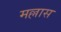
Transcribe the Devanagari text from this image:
मल्लास